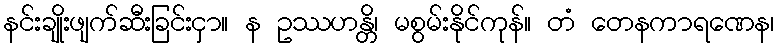
နင်းချိုးဖျက်ဆီးခြင်းငှာ။ န ဥဿဟန္တိ၊ မစွမ်းနိုင်ကုန်။ တံ တေနကာရဏေန၊